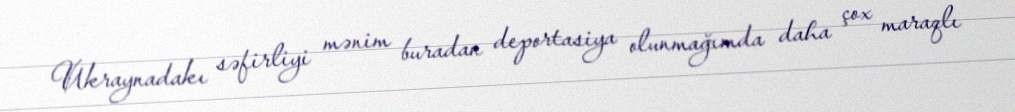
Ukraynadakı səfirliyi mənim buradan deportasiya olunmağımda daha çox maraqlı